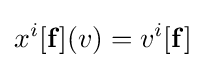
x^{i}[\mathbf {f} ](v)=v^{i}[\mathbf {f} ]